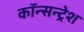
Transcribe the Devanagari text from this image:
कॉन्सन्ट्रेश